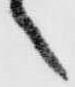
之